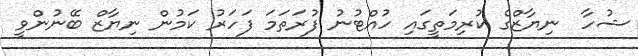
ޝުހާ  ނިޔާޒްގެ ކުރިމަތީގައި ހުއްޓުނު ފުރަތަމަ ފަހަރު ކަމުން ނިޔާޒް ބޭނުންވީ